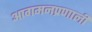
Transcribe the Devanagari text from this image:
आगमनप्रणाली